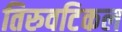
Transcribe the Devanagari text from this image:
तिरुवटिकल